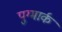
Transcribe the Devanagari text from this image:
पुग्मार्क